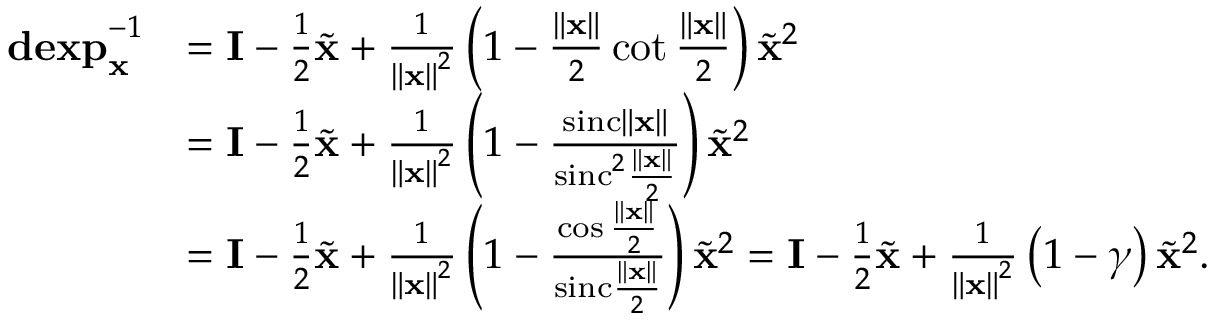
\begin{array} { r l } { \mathbf { d e x p } _ { \mathbf { x } } ^ { - 1 } } & { = \mathbf { I } - \frac { 1 } { 2 } \tilde { \mathbf { x } } + \frac { 1 } { \left\Vert \mathbf { x } \right\Vert ^ { 2 } } \left( 1 - \frac { \left\Vert \mathbf { x } \right\Vert } { 2 } \cot \frac { \left\Vert \mathbf { x } \right\Vert } { 2 } \right) \tilde { \mathbf { x } } ^ { 2 } } \\ & { = \mathbf { I } - \frac { 1 } { 2 } \tilde { \mathbf { x } } + \frac { 1 } { \left\Vert \mathbf { x } \right\Vert ^ { 2 } } \left( 1 - \frac { \mathrm { s i n c } \left\Vert \mathbf { x } \right\Vert } { \mathrm { s i n c } ^ { 2 } \frac { \left\Vert \mathbf { x } \right\Vert } { 2 } } \right) \tilde { \mathbf { x } } ^ { 2 } } \\ & { = \mathbf { I } - \frac { 1 } { 2 } \tilde { \mathbf { x } } + \frac { 1 } { \left\Vert \mathbf { x } \right\Vert ^ { 2 } } \left( 1 - \frac { \cos \frac { \left\Vert \mathbf { x } \right\Vert } { 2 } } { \mathrm { s i n c } \frac { \left\Vert \mathbf { x } \right\Vert } { 2 } } \right) \tilde { \mathbf { x } } ^ { 2 } = \mathbf { I } - \frac { 1 } { 2 } \tilde { \mathbf { x } } + \frac { 1 } { \left\Vert \mathbf { x } \right\Vert ^ { 2 } } \left( 1 - \gamma \right) \tilde { \mathbf { x } } ^ { 2 } . } \end{array}